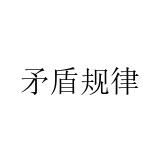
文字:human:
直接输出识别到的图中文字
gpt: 矛盾规律